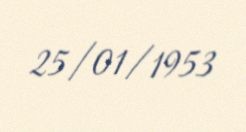
25/01/1953